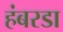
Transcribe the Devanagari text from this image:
हंबरडा